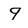
Character: 9